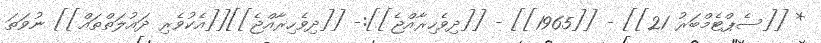
* [[ސެޕްޓެމްބަރު 21]] - [[1965]] - [[ދިވެހިރާއްޖެ]]:- [[ދިވެހިރާއްޖެ]][[އެކުވެރި ދައުލަތްތައް]] ނުވަތަ